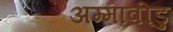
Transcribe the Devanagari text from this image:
अम्मावीडु